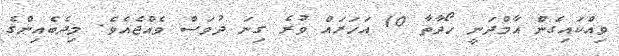
ވިއްކައިގެން އާމްދަނީ ހޯދާތާ 10 އަހަރައް ވުރެ ގިނަ ދުވަސް ވެއްޖެއެވެ. މިދެބެއިންގެ